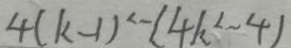
4 ( k - 1 ) ^ { 2 } - ( 4 k ^ { 2 } - 4 )